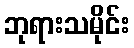
ဘုရားသမိုင်း